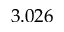
3 . 0 2 6